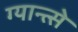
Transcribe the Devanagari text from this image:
ग्यान्त्से